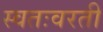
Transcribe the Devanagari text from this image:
स्वतःवरती